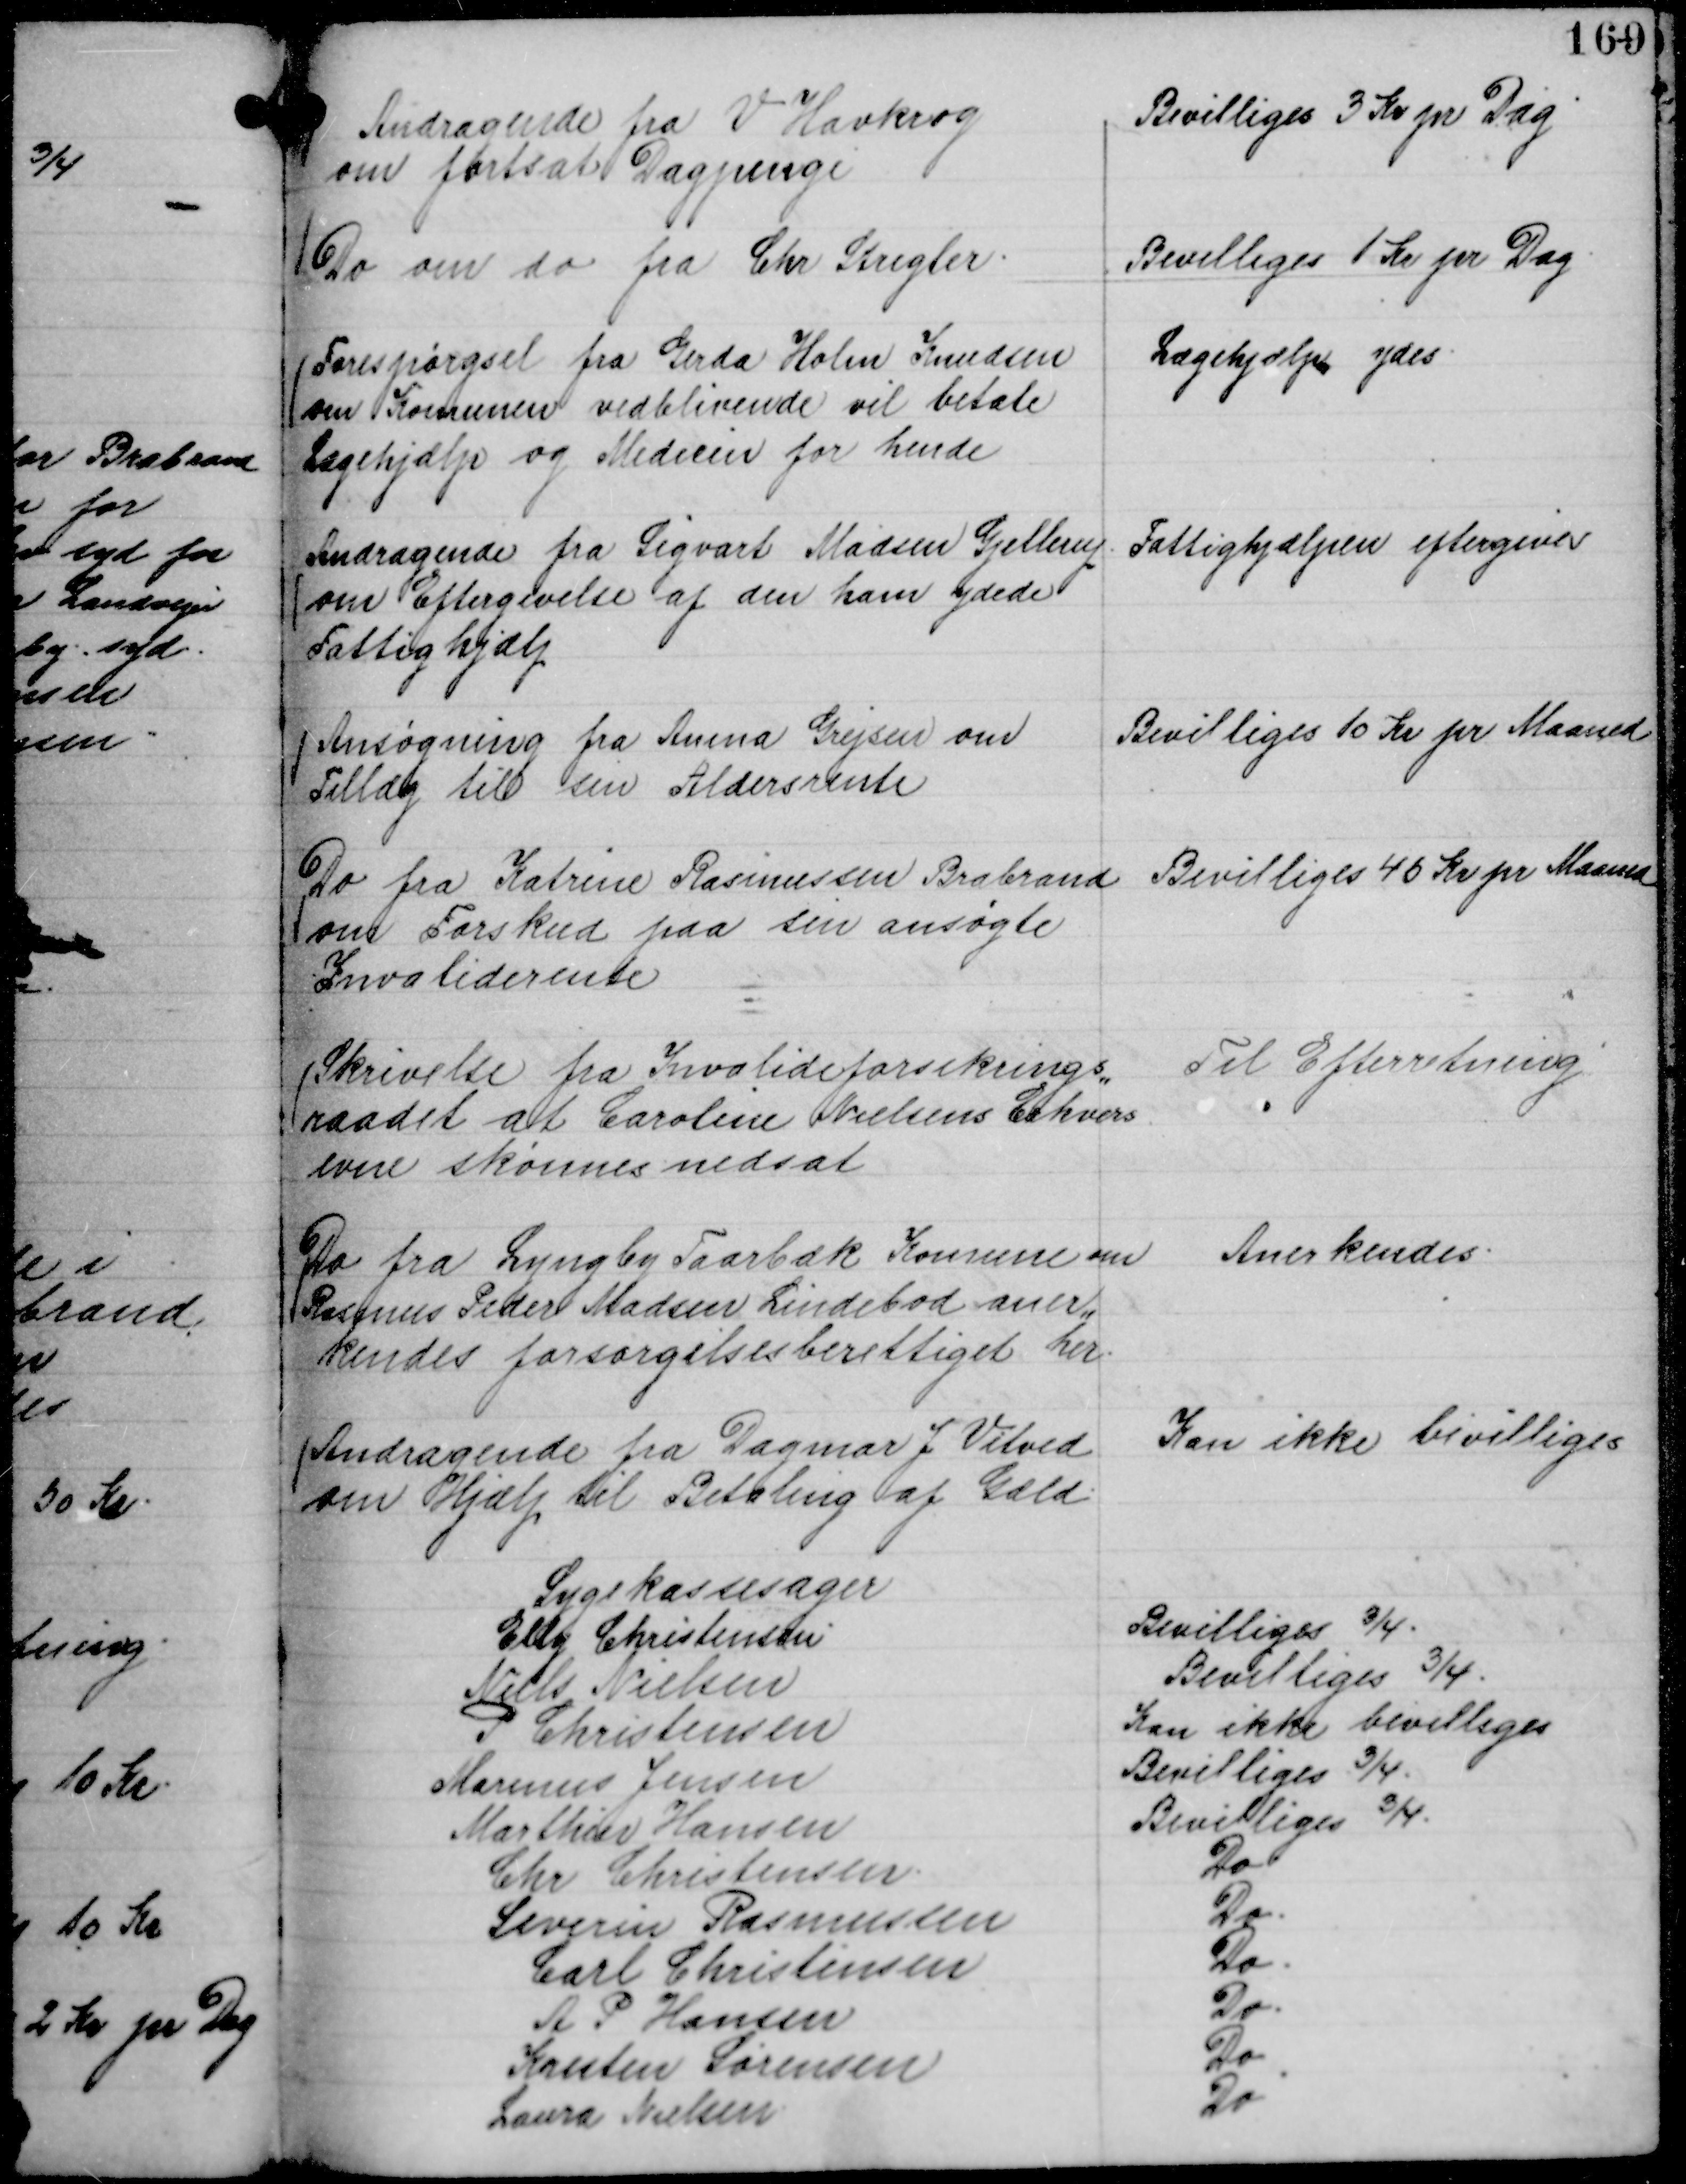
Transskription:
Andragende fra V Havkrog
om fortsat Dagpenge

Bevilliges 3 Kr pr Dag

Do om do fra Chr Strigler.

Bevilliges 1 Kr pr Dag.

Forespørgsel fra Gerda Holm Knudsen
om Komunen vedblivende vil betale
Lægehjælp og Medicin for hende

Lægehjælp ydes.

Andragene fra Sigvart Madsen Gjellerup
om Eftergivelse af den ham ydede
Fattighjælp

Fattighjælpen eftergives

Ansøgning fra Anina Grejsen om
Tillæg til sin Aldersrente

Bevilliges 10 Kr pr Maaned

Do fra Katrine Rasmussen Brabrand
om Forskud paa sin ansøgte
Invaliderente

Bevilliges 45 Kr pr Maaned

Skrivelse fra Invalideforsikrings,,
raadet at Caroline Nielsens Erhvervs
evne skønnes nedsat

Til Efterretning

Do fra Lyngby Taarbæk Komune om
Rasmus Peder Madsen Lindebod aner,,
kendes forsørgelsesberettiget her.

Anerkendes.

Andragende fra Dagmar J Vitved
om Hjælp til Betaling af Gæld.

Kan ikke bevilliges

Sygekassesager
Ella Christensen.
Bevilliges ¾.
Niels Nielsen
Bevilliges ¾.
P Christensen
Kan ikke bevilliges
Marinus Jensen
Bevilliges ¾.
Marthin Hansen
Bevilliges ¾.
Chr Christensen.
Do
Severin Rasmussen
Do.
Carl Christensen
Do
A P Hansen
Do.
Kresten Sørensen
Do
Laura Nielsen
Do